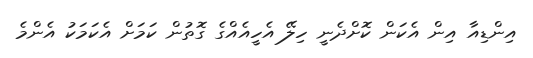
އިންޑިއާ އިން އެކަން ކޮށްދެނީ ހިލޭ އެހީއެއްގެ ގޮތުން ކަމަށް އެކަމަކު އެންމެ